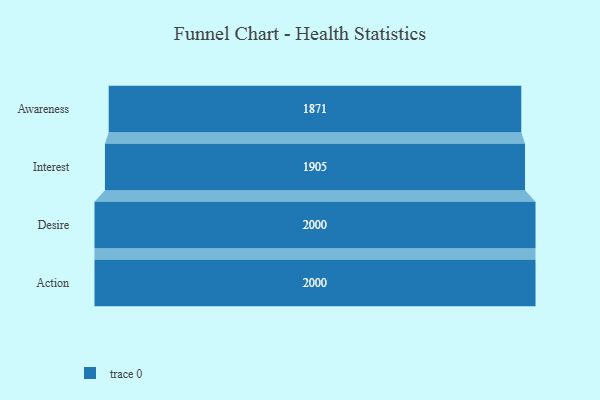
{"axis": {"x": "Stage", "y": "Value"}, "legend": [""], "data": [{"x": "Awareness", "y": 1871.0, "type": ""}, {"x": "Interest", "y": 1905.0, "type": ""}, {"x": "Desire", "y": 2000, "type": ""}, {"x": "Action", "y": 2000, "type": ""}]}